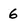
Character: 6